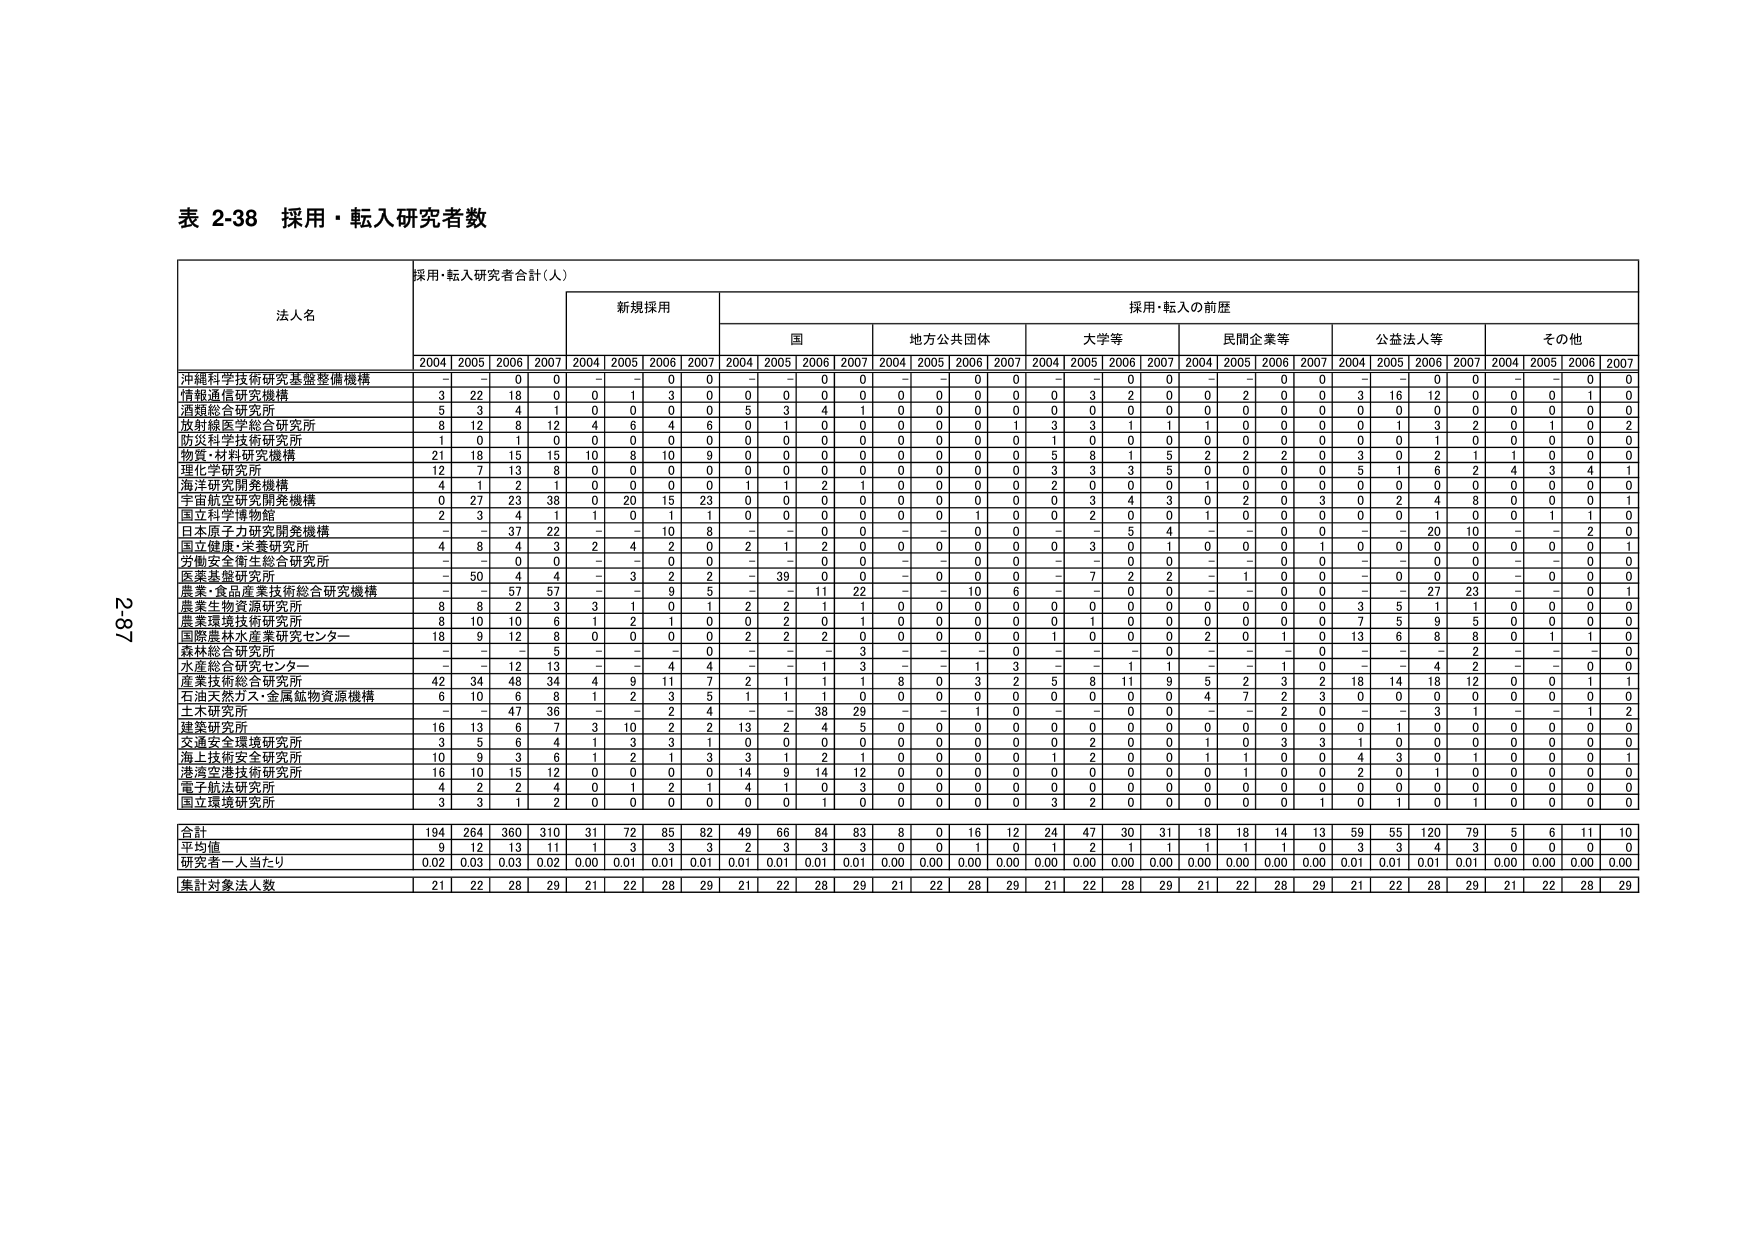
表 2-38 採用・転入研究者数

法人名 採用・転入研究者合計（人）
新規採用 採用・転入の前歴
国 地方公共団体 大学等 民間企業等 公益法人等 その他
2004 2005 2006 2007 2004 2005 2006 2007 2004 2005 2006 2007 2004 2005 2006 2007 2004 2005 2006 2007 2004 2005 2006 2007 2004 2005 2006 2007

沖縄科学技術研究基盤整備機構 - - 0 0 - - 0 0 - - 0 0 - - 0 0 - - 0 0 - - 0 0 - - 0 0
情報通信研究機構 3 22 18 0 0 1 3 0 0 0 0 0 0 0 0 0 0 3 2 0 0 2 0 0 3 16 12 0 0 0 1 0
酒類総合研究所 5 3 4 1 0 0 0 0 5 3 4 1 0 0 0 0 0 0 0 0 0 0 0 0 0 0 0 0 0 0 0 0
放射線医学総合研究所 8 12 8 12 4 6 4 6 0 1 0 0 0 0 0 1 3 3 1 1 1 0 0 0 0 1 3 2 0 1 0 2
防災科学技術研究所 1 0 1 0 0 0 0 0 0 0 0 0 0 0 0 0 1 0 0 0 0 0 0 0 0 0 1 0 0 0 0 0
物質・材料研究機構 21 18 15 15 10 8 10 9 0 0 0 0 0 0 0 0 5 8 1 5 2 2 2 0 3 0 2 1 1 0 0 0
理化学研究所 12 7 13 8 0 0 0 0 0 0 0 0 0 0 0 0 3 3 3 5 0 0 0 0 5 1 6 2 4 3 4 1
海洋研究開発機構 4 1 2 1 0 0 0 0 1 1 2 1 0 0 0 0 2 0 0 0 1 0 0 0 0 0 0 0 0 0 0 0
宇宙航空研究開発機構 0 27 23 38 0 20 15 23 0 0 0 0 0 0 0 0 0 3 4 3 0 2 0 3 0 2 4 8 0 0 0 1
国立科学博物館 2 3 4 1 1 0 1 1 0 0 0 0 0 0 1 0 0 0 2 0 1 0 0 0 0 0 1 0 0 1 1 0
日本原子力研究開発機構 - - 37 22 - - 10 8 - - 0 0 - - 0 0 - - 5 4 - - 0 0 - - 20 10 - - 2 0
国立健康・栄養研究所 4 8 4 3 2 4 2 0 2 1 2 0 0 0 0 0 0 3 0 1 0 0 0 1 0 0 0 0 0 0 0 1
労働安全衛生総合研究所 - - 0 0 - - 0 0 - - 0 0 - - 0 0 - - 0 0 - - 0 0 - - 0 0 - - 0 0
医薬基盤研究所 - 50 4 4 - 3 2 2 - 39 0 0 - 0 0 0 - 7 2 2 - 1 0 0 - 0 0 0 - 0 0 0
農業・食品産業技術総合研究機構 - - 57 57 - - 9 5 - - 11 22 - - 10 6 - - 0 0 - - 0 0 - - 27 23 - - 0 1
農業生物資源研究所 8 8 2 3 3 1 0 1 2 2 1 1 0 0 0 0 0 0 0 0 0 0 0 0 3 5 1 1 0 0 0 0
農業環境技術研究所 8 10 10 6 1 2 1 0 0 2 0 1 0 0 0 0 0 1 0 0 0 0 0 0 7 5 9 5 0 0 0 0
国際農林水産業研究センター 18 9 12 8 0 0 0 0 2 2 2 0 0 0 0 1 0 0 0 0 2 0 1 0 13 6 8 8 0 1 1 0
森林総合研究所 - - - 5 - - - 0 - - - 3 - - - 0 - - - 0 - - - 0 - - - 2 - - - 0 0
水産総合研究センター - - 12 13 - - 4 4 - - 1 3 - - 1 3 - - 1 1 - - 1 0 - - 4 2 - - 0 0
産業技術総合研究所 42 34 48 34 4 9 11 7 2 1 1 1 8 0 3 2 5 8 11 9 5 2 3 2 18 14 18 12 0 0 1 1
石油天然ガス・金属鉱物資源機構 6 10 6 8 1 2 3 5 1 1 1 0 0 0 0 0 0 0 0 0 4 7 2 3 0 0 0 0 0 0 0 0
土木研究所 - - 47 36 - - 2 4 - - 38 29 - - 1 0 - - 0 0 - - 2 0 - - 3 1 - - 1 2
建築研究所 16 13 6 7 3 10 2 2 13 2 4 5 0 0 0 0 0 0 0 0 0 0 0 0 1 0 0 0 0 0 0 0
交通安全環境研究所 3 5 6 4 1 3 3 1 0 0 0 0 0 0 0 0 0 2 0 0 1 0 3 3 1 0 0 0 0 0 0 0
海上技術安全研究所 10 9 3 6 1 2 1 3 3 1 2 1 0 0 0 0 1 2 0 0 1 1 0 0 4 3 0 1 0 0 0 1
港湾空港技術研究所 16 10 15 12 0 0 0 0 14 9 14 12 0 0 0 0 0 0 0 0 0 1 0 0 2 0 1 0 0 0 0 0
電子航法研究所 4 2 2 4 0 1 2 1 4 1 0 3 0 0 0 0 0 0 0 0 0 0 0 0 0 0 0 0 0 0 0 0
国立環境研究所 3 3 1 2 0 0 0 0 0 0 1 0 0 0 0 0 3 2 0 0 0 0 0 1 0 1 0 1 0 0 0 0

合計 194 264 360 310 31 72 85 82 49 66 84 83 8 0 16 12 24 47 30 31 18 18 14 13 59 55 120 79 5 6 11 10
平均値 9 12 13 11 1 3 3 3 2 3 3 3 0 0 1 0 1 2 1 1 1 1 1 0 3 3 4 3 0 0 0 0
研究者一人当たり 0.02 0.03 0.03 0.02 0.00 0.01 0.01 0.01 0.01 0.01 0.01 0.01 0.00 0.00 0.00 0.00 0.00 0.00 0.00 0.00 0.00 0.00 0.00 0.00 0.01 0.01 0.01 0.01 0.00 0.00 0.00
集計対象法人数 21 22 28 29 21 22 28 29 21 22 28 29 21 22 28 29 21 22 28 29 21 22 28 29 21 22 28 29 21 22 28 29

2-87